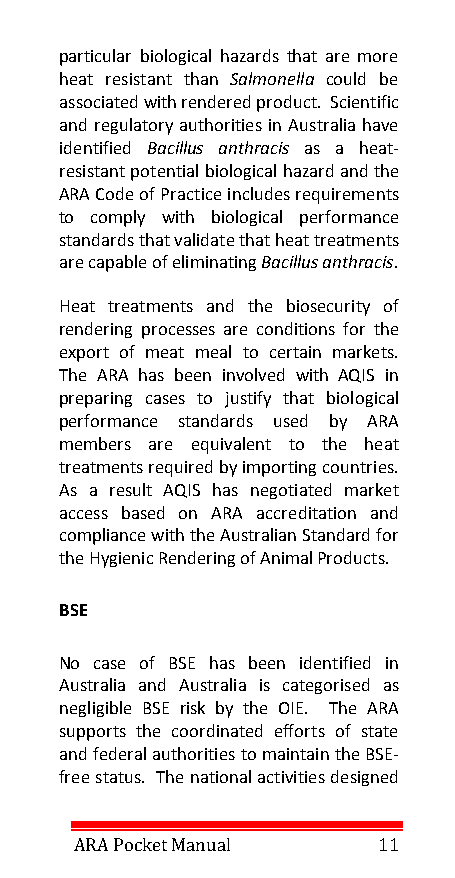
particular biological hazards that are more
 heat resistant than Salmonella could be
 associated with rendered product. Scientific
 and regulatory authorities in Australia have
 identified Bacillus anthracis as a heat-
 resistant potential biological hazard and the
 ARA Code of Practice includes requirements
 to comply with biological performance
 standards that validate that heat treatments
 are capable of eliminating Bacillus anthracis.
 Heat treatments and the biosecurity of
 rendering processes are conditions for the
 export of meat meal to certain markets.
 The ARA has been involved with AQIS in
 preparing cases to justify that biological
 performance standards used by ARA
 members are equivalent to the heat
 treatments required by importing countries.
 As a result AQIS has negotiated market
 access based on ARA accreditation and
 compliance with the Australian Standard for
 the Hygienic Rendering of Animal Products.
 BSE
 No case of BSE has been identified in
 Australia and Australia is categorised as
 negligible BSE risk by the OIE. The ARA
 supports the coordinated efforts of state
 and federal authorities to maintain the BSE-
 free status. The national activities designed
 ARA Pocket Manual   11